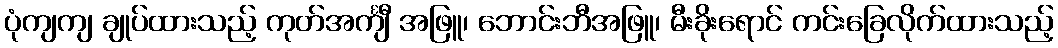
ပုံကျကျ ချုပ်ထားသည့် ကုတ်အင်္ကျီ အဖြူ၊ ဘောင်းဘီအဖြူ၊ မီးခိုးရောင် ကင်းခြေလိုက်ထားသည့်